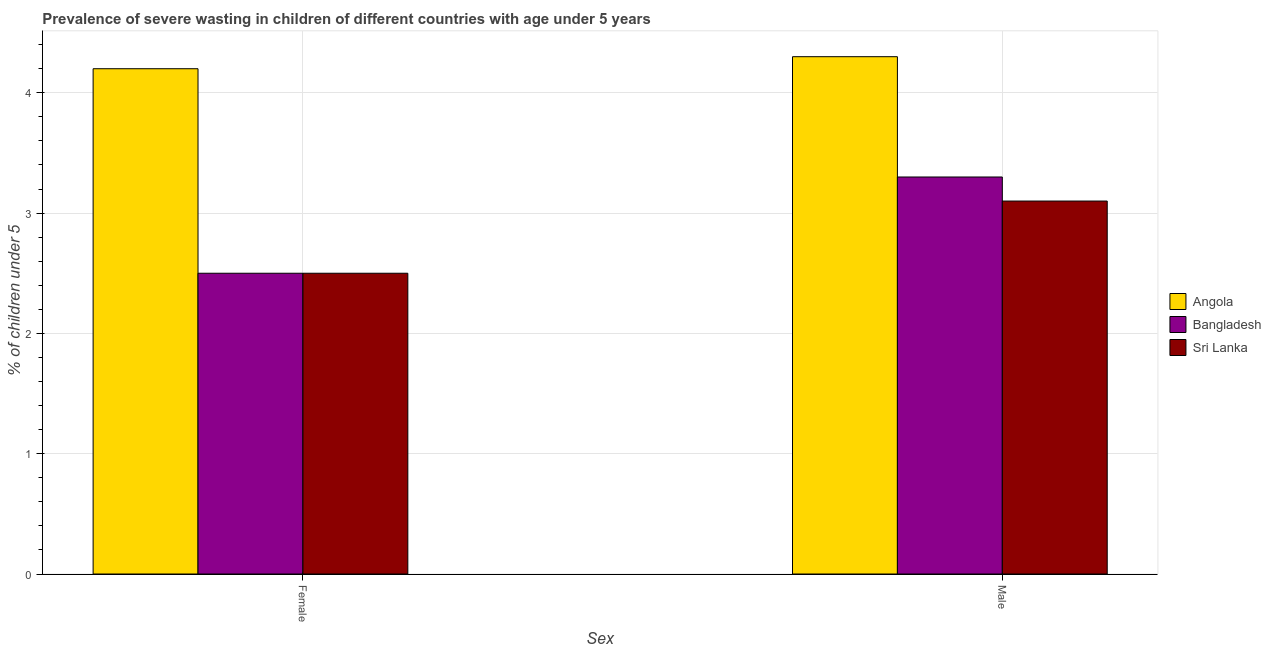
| Sex | Angola | Bangladesh | Sri Lanka |
 | --- | --- | --- | --- |
 | Female | 4.2 | 2.5 | 2.5 |
 | Male | 4.3 | 3.3 | 3.1 |